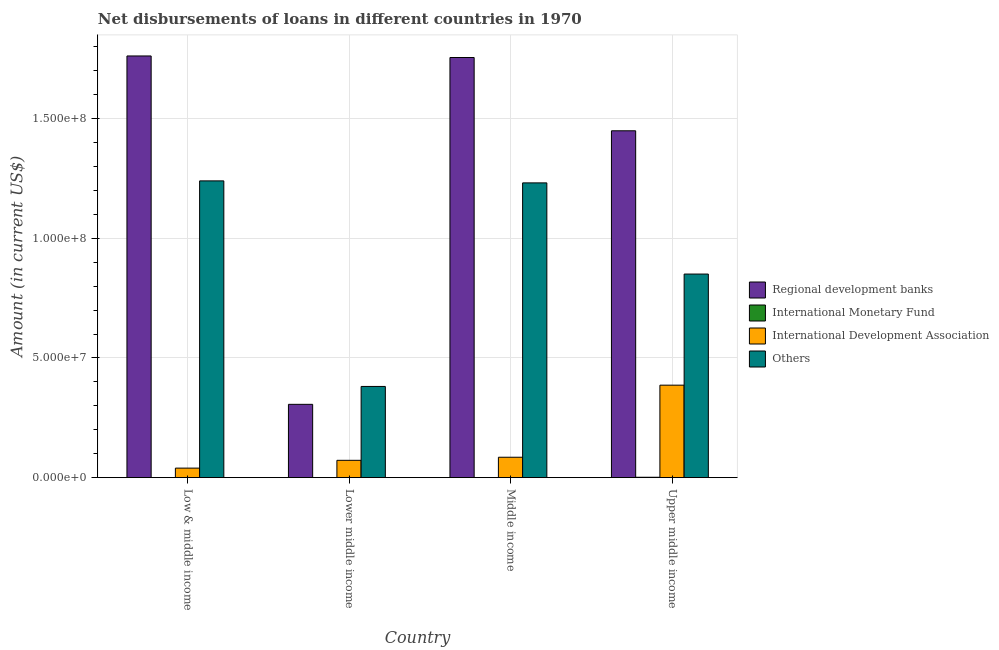
| Country | Regional development banks | International Monetary Fund | International Development Association | Others |
 | --- | --- | --- | --- | --- |
 | Low & middle income | 1.76e+08 | -2.02e+08 | 3.98e+06 | 1.24e+08 |
 | Lower middle income | 3.06e+07 | -2.02e+08 | 7.23e+06 | 3.81e+07 |
 | Middle income | 1.76e+08 | -2.02e+08 | 8.52e+06 | 1.23e+08 |
 | Upper middle income | 1.45e+08 | 1.5e+05 | 3.86e+07 | 8.51e+07 |